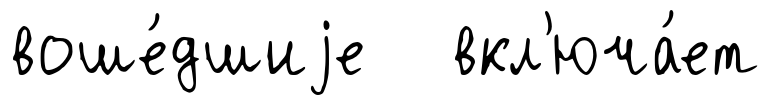
воше́дшиjе вкл'юча́ет